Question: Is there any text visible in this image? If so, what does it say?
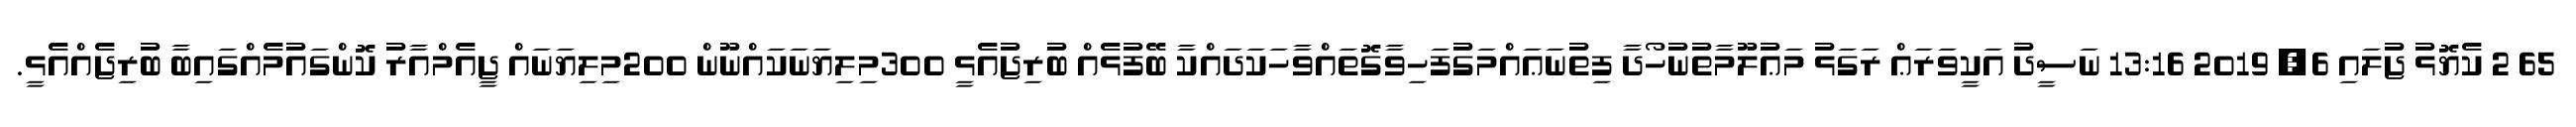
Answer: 65 2 ކެޔޮޅު ޖުލައި 6, 2019 13:16 ނަސީދު އަކީވަރަޢް ރަގަޅު މަޢުލޫމާތުނުހޯދާ ފިތުނަޢައްމަގުފަހިވާގޮތައްވާހަކަދައްކާ ބޭފުޅެއް ބުރިޖުއެޅީ 300މިލިޔަނަކައްނޫން 200މިލިޔަނައް ޖީއެމްއާރު ކޮންގައުމެއްގައިބާ ބުރިޖެއްއެޅީ.